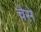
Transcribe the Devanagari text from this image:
चैसे